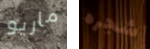
ماريو شجره